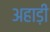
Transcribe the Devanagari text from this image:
अहाड़ी